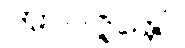
အာပဇ္ဇန္တော